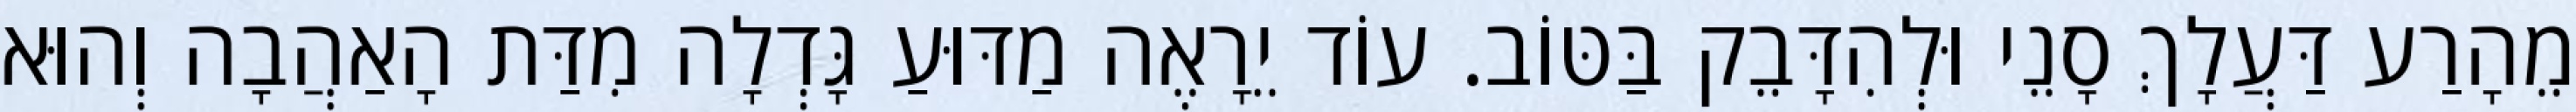
מֵהָרַע דַּעֲלָךְ סָנֵי וּלְהִדָּבֵק בַּטּוֹב. עוֹד יֵרָאֶה מַדּוּעַ גָּדְלָה מִדַּת הָאַהֲבָה וְהוּא